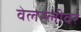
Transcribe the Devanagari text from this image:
वेलस्लीवर